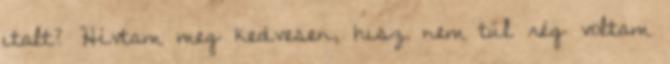
italt? Hívtam meg kedvesen, hisz nem túl rég voltam